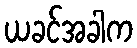
ယခင်အခါက